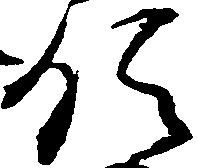
領